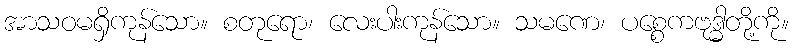
အာသဝမရှိကုန်သော။ စတုရော၊ လေးပါးကုန်သော။ သမဏေ၊ ပစ္စေကဗုဒ္ဓါတို့ကို။